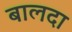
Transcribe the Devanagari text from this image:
बालदा